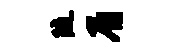
随眉